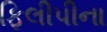
ફિલીપીના